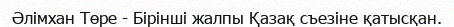
Әлімхан Төре - Бірінші жалпы Қазақ съезіне қатысқан.